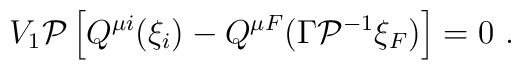
V_1{\cal P}\left[ Q^{\mu i}(\xi _i)-Q^{\mu F}(\Gamma {\cal P}^{-1}\xi _F)\right] =0\ .